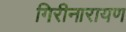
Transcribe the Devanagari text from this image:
गिरीनारायण